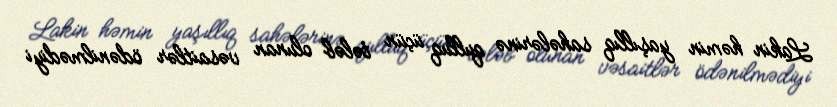
Lakin həmin yaşıllıq sahələrinə qulluq üçün tələb olunan vəsaitlər ödənilmədiyi